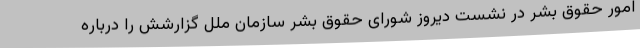
امور حقوق بشر در نشست دیروز شورای حقوق بشر سازمان ملل گزارشش را درباره